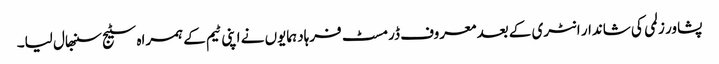
پشاور زلمی کی شاندار انٹری کے بعد معروف ڈرمسٹ فرہاد ہمایوں نے اپنی ٹیم کے ہمراہ سٹیج سنبھال لیا۔